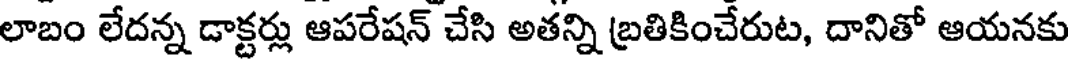
లాబం లేదన్న డాక్టర్లు ఆపరేషన్ చేసి అతన్ని బ్రతికించేరుట, దానితో ఆయనకు